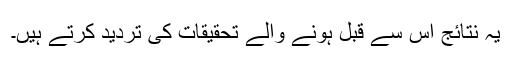
یہ نتائج اس سے قبل ہونے والے تحقیقات کی تردید کرتے ہیں۔